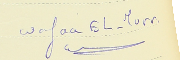
Wafaa EL-Murr